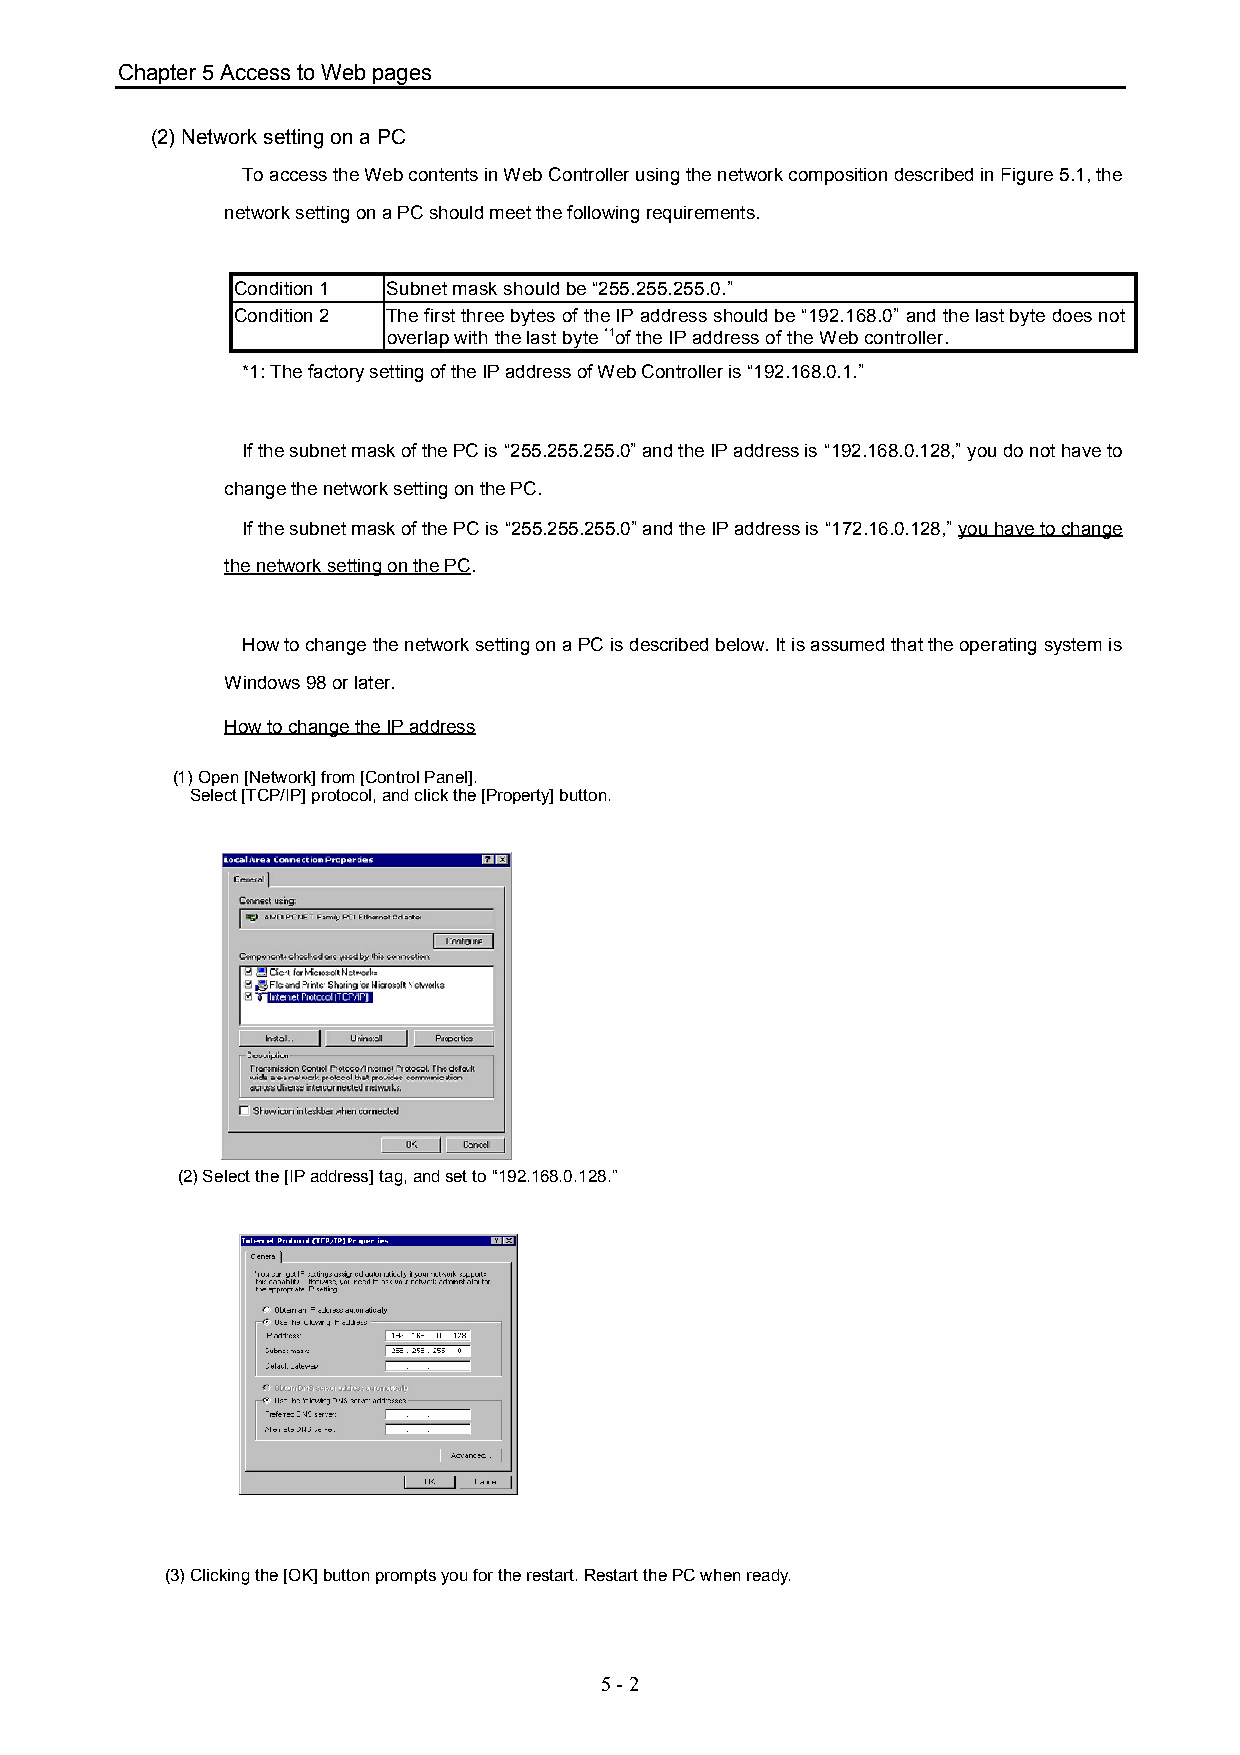
Chapter 5 Access to Web pages
 (2) Network setting on a PC
 To access the Web contents in Web Controller using the network composition described in Figure 5.1, the
 network setting on a PC should meet the following requirements.
 Condition 1 Subnet mask should be “255.255.255.0.”
 Condition 2 The first three bytes of the IP address should be “192.168.0” and the last byte does not
 overlap with the last byte *1of the IP address of the Web controller.
 *1: The factory setting of the IP address of Web Controller is “192.168.0.1.”
 If the subnet mask of the PC is “255.255.255.0” and the IP address is “192.168.0.128,” you do not have to
 change the network setting on the PC.
 If the subnet mask of the PC is “255.255.255.0” and the IP address is “172.16.0.128,” you have to change
 the network setting on the PC.
 How to change the network setting on a PC is described below. It is assumed that the operating system is
 Windows 98 or later.
 How to change the IP address
 (1) Open [Network] from [Control Panel].
 Select [TCP/IP] protocol, and click the [Property] button.
 (2) Select the [IP address] tag, and set to “192.168.0.128.”
 (3) Clicking the [OK] button prompts you for the restart. Restart the PC when ready.
 5 - 2